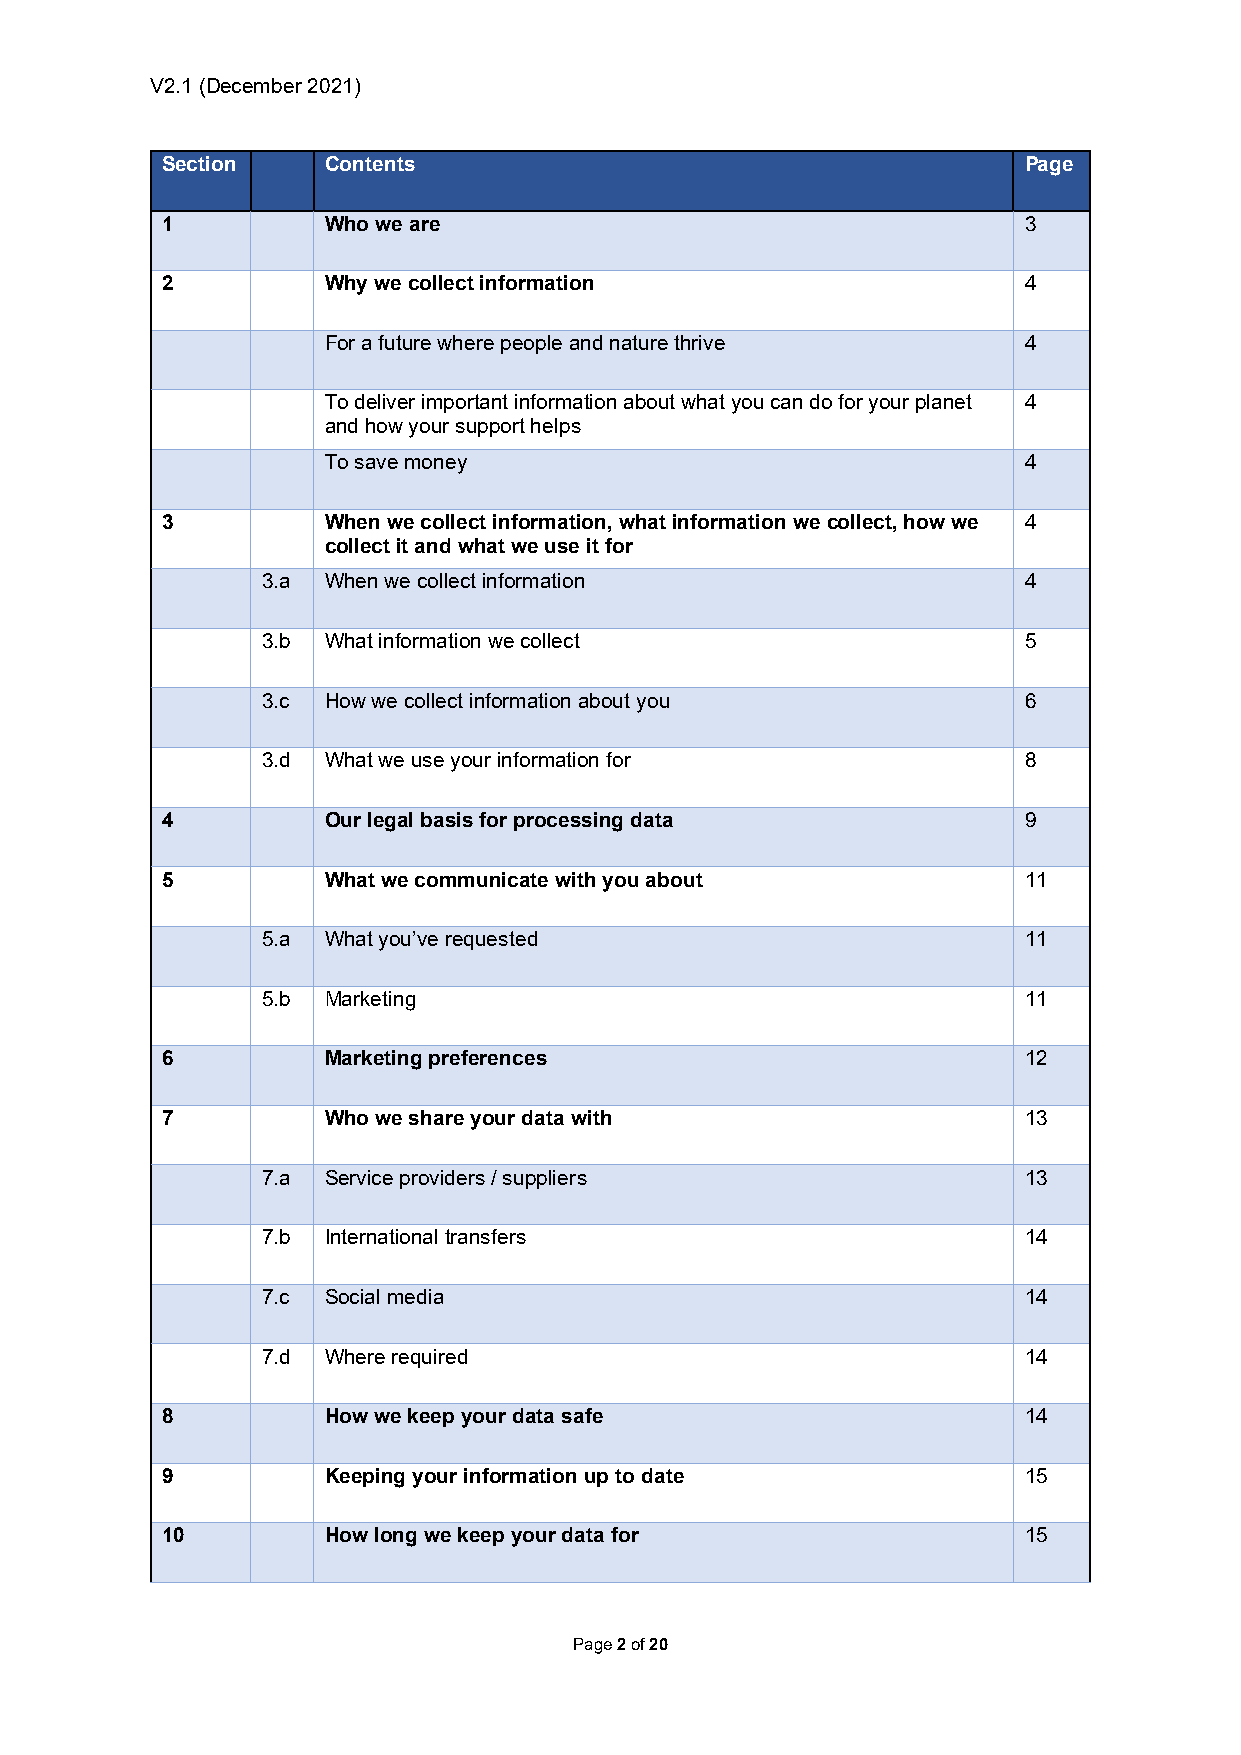
V2.1 (December 2021)
 Section    Contents                                      Page
 1          Who we are                                    3
 2          Why we collect information                    4
 For a future where people and nature thrive   4
 To deliver important information about what you can do for your planet 4
 and how your support helps
 To save money                                 4
 3          When we collect information, what information we collect, how we 4
 collect it and what we use it for
 3.a  When we collect information                   4
 3.b  What information we collect                   5
 3.c  How we collect information about you          6
 3.d  What we use your information for              8
 4          Our legal basis for processing data           9
 5          What we communicate with you about            11
 5.a  What you’ve requested                         11
 5.b  Marketing                                     11
 6          Marketing preferences                         12
 7          Who we share your data with                   13
 7.a  Service providers / suppliers                 13
 7.b  International transfers                       14
 7.c  Social media                                  14
 7.d  Where required                                14
 8          How we keep your data safe                    14
 9          Keeping your information up to date           15
 10         How long we keep your data for                15
 Page 2 of 20